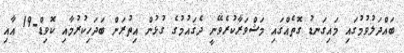
ބައްދަލުވުމުގައި މައިގަނޑު ގޮތެއްގައި މަޝްވަރާކުރެވޭނީ ދެޤައުމުގެ ގުޅުން އިތުރަށް ބަދަހިކުރުމާއި ކޮވިޑް-19 އާއި